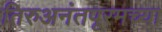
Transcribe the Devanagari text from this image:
तिरुअनंतपूरमच्या